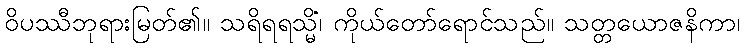
ဝိပဿီဘုရားမြတ်၏။ သရိရရသ္မိံ၊ ကိုယ်တော်ရောင်သည်။ သတ္တယောဇနိကာ၊